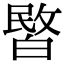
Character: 𭽞